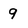
Character: 9